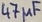
Text: 47µf